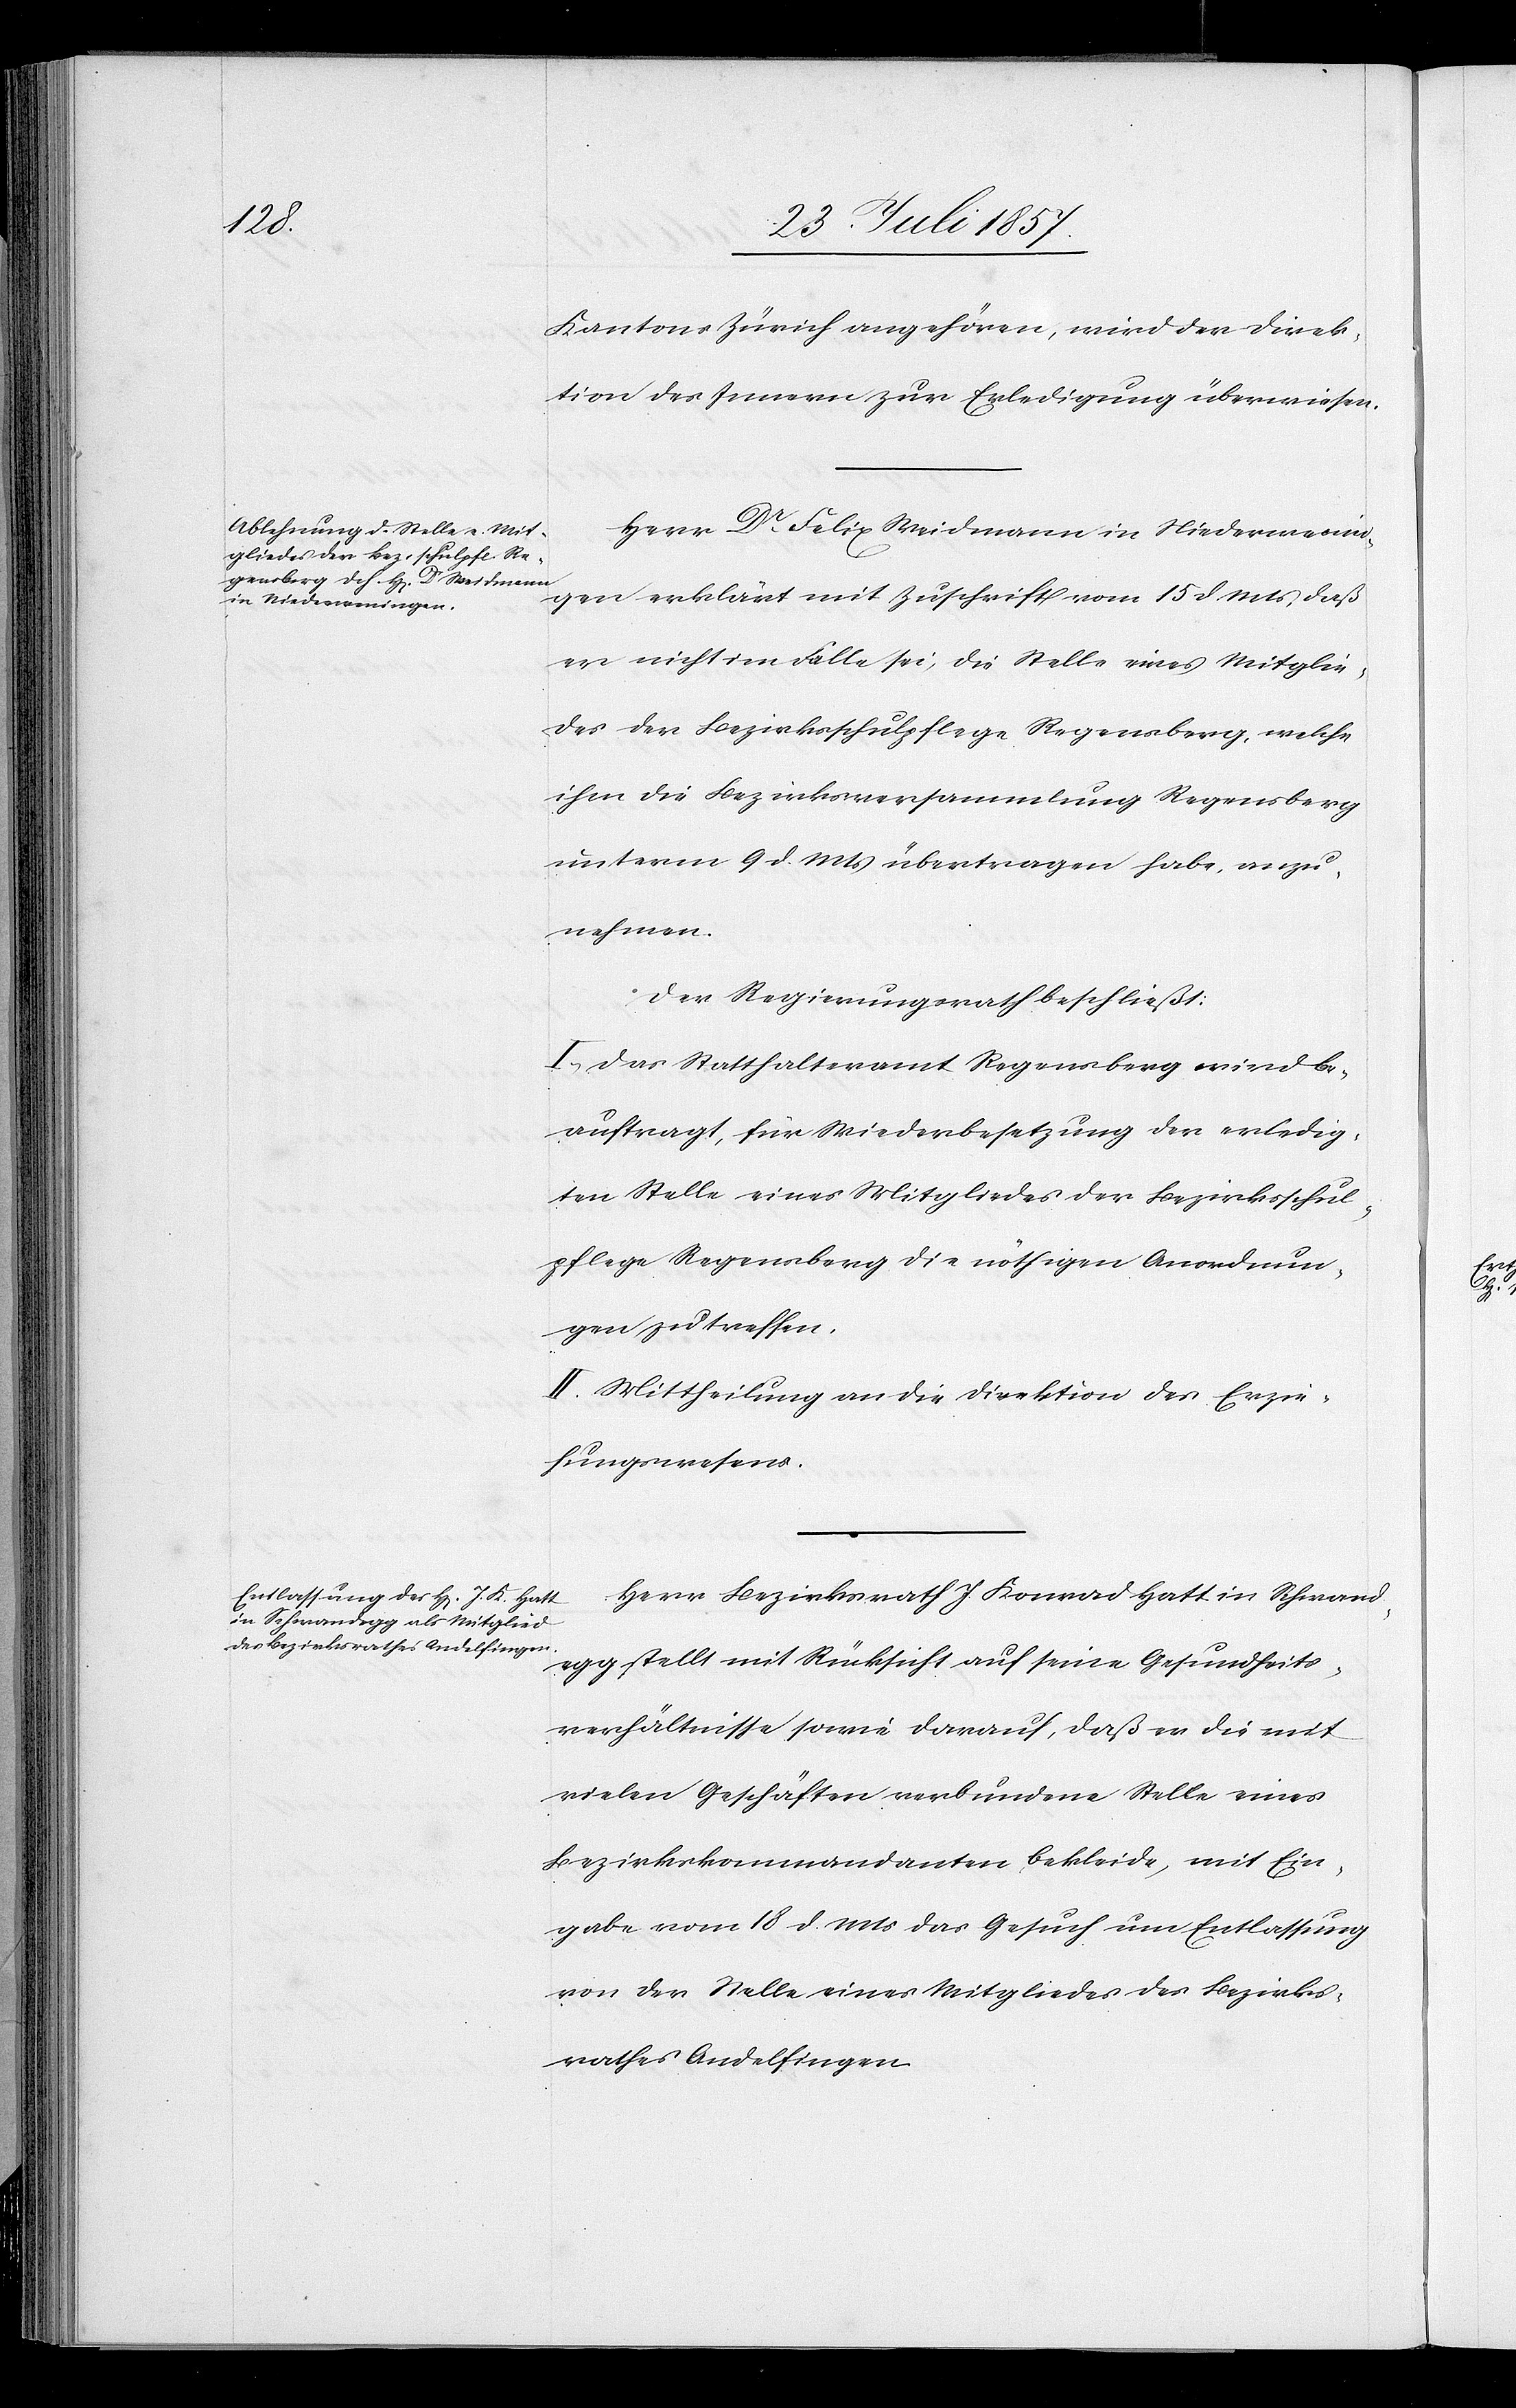
Kantons Zürich angehören, wird der Direk¬
tion des Innern zur Erledigung überwiesen.
Herr Dr Felix Weidmann in Niederwenin¬
gen erklärt mit Zuschrift vom 15 d. Mts., daß
er nicht im Falle sei, die Stelle eines Mitglie¬
des der Bezirksschulpflege Regensberg, welche
ihm die Bezirksversammlung Regensberg
unterm 9 d. Mts. übertragen habe, anzu¬
nehmen.
Der Regierungsrath beschließt:
I. Das Statthalteramt Regensberg wird be¬
auftragt, für Wiederbesetzung der erledig¬
ten Stelle eines Mitgliedes der Bezirksschul¬
pflege Regensberg die nöthigen Anordnun¬
gen zu treffen.
II. Mittheilung an die Direktion des Erzie¬
hungswesens.
Herr Bezirksrath J. Konrad Hatt in Schwand¬
egg stellt mit Rücksicht auf seine Gesundheits¬
verhältnisse sowie darauf, daß er die mit
vielen Geschäften verbundene Stelle eines
Bezirkskommandanten bekleide, mit Ein¬
gabe vom 18 d. Mts. das Gesuch um Entlassung
von der Stelle eines Mitgliedes der Bezirks¬
rathes Andelfingen.